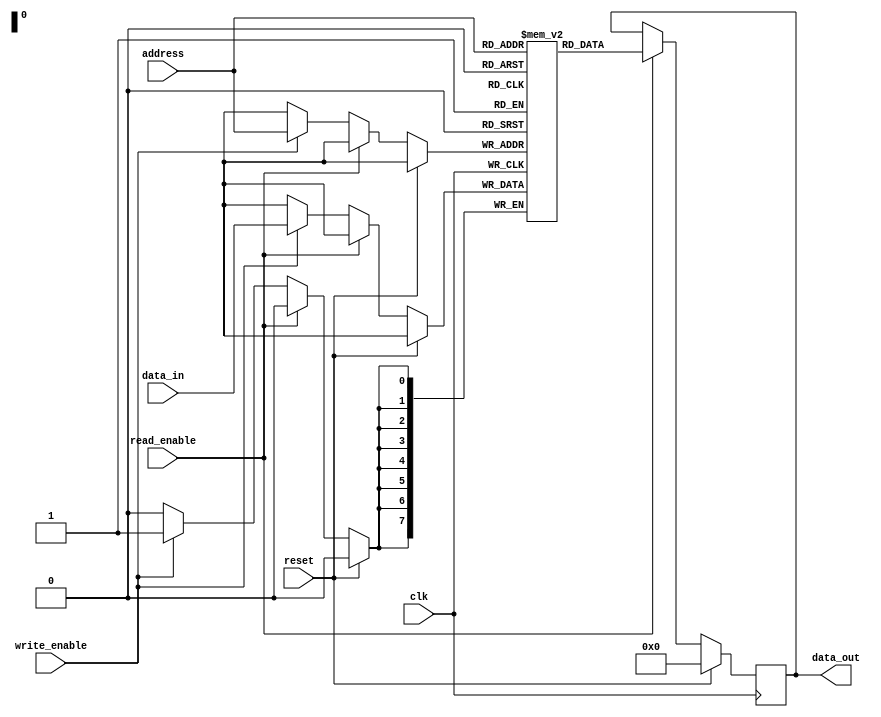
module SDRAM (
    input wire clk,
    input wire reset,
    input wire read_enable,
    input wire write_enable,
    input wire [7:0] address,
    input wire [7:0] data_in,
    output reg [7:0] data_out
    );

    reg [7:0] memory [0:255];

    always @(posedge clk) begin
        if (reset) begin
            data_out <= 8'b0;
        end else begin
            if (read_enable) begin
                data_out <= memory[address];
            end else if (write_enable) begin
                memory[address] <= data_in;
            end
        end
    end

endmodule